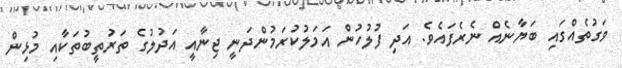
ވަގުތެއްގައި ބަޔާނެއް ނެރެފައެވެ. އަދި ފުލުހުން އަމަލުކުރަމުންދަނީ ޖިނާއީ އަދުލުގެ ތަރުތީބުތަކާއި މުޅިން